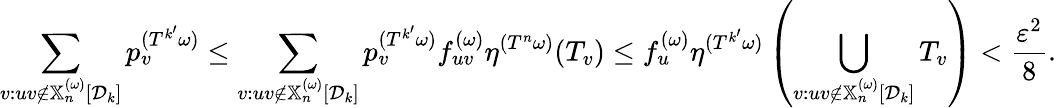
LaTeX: \sum_{v:uv\notin\mathbb{X}_{n}^{(\omega)}[{\mathcal D}_{k}]}p_{v}^{(T^{k^{\prime}}\omega)}\leq\sum_{v:uv\notin\mathbb{X}_{n}^{(\omega)}[{\mathcal D}_{k}]}p_{v}^{(T^{k^{\prime}}\omega)}f_{uv}^{(\omega)}\eta^{(T^{n}\omega)}(T_{v})\leq f_{u}^{(\omega)}\eta^{(T^{k^{\prime}}\omega)}\left(\bigcup_{v:uv\notin\mathbb{X}_{n}^{(\omega)}[{\mathcal D}_{k}]}T_{v}\right)<\frac{\varepsilon^{2}}{8}.